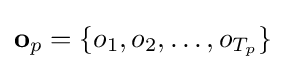
\mathbf {o} _{p}=\{o_{1},o_{2},\dots ,o_{T_{p}}\}